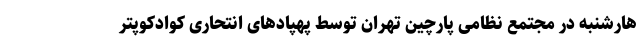
هارشنبه در مجتمع نظامی پارچین تهران توسط پهپادهای انتحاری کوادکوپتر